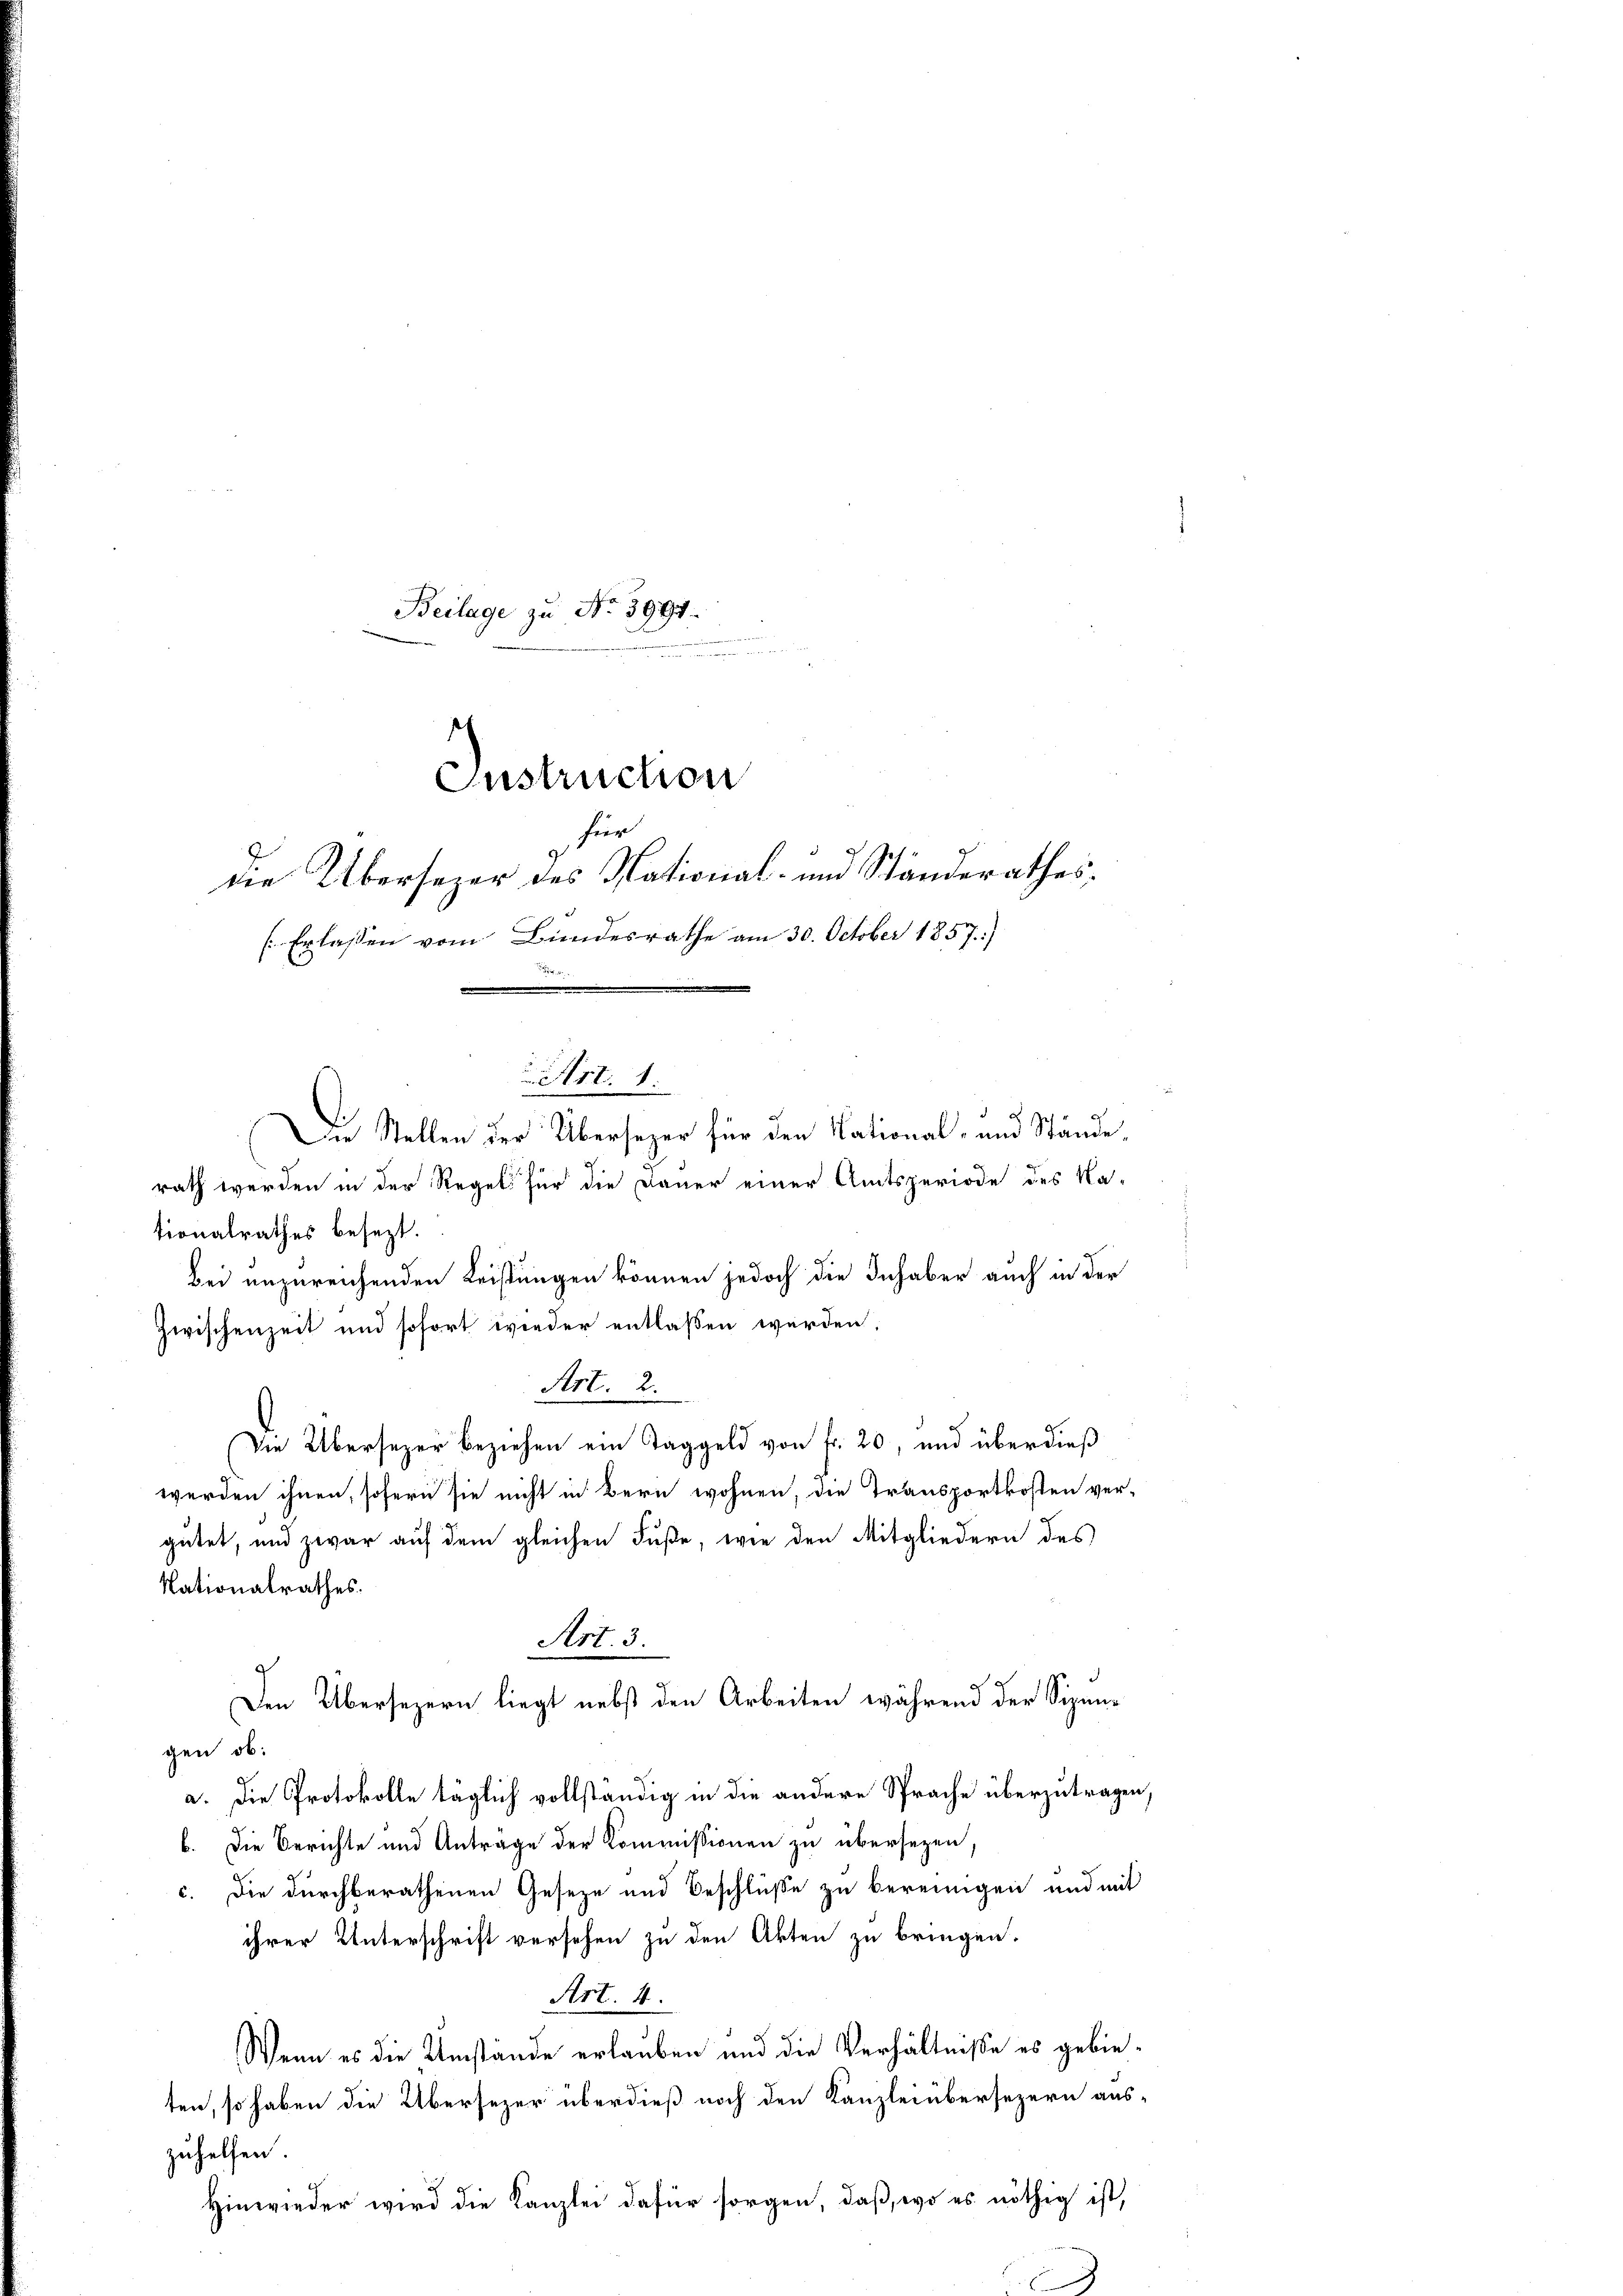
Beilage zu No 3991.
menen der

rath werden in der Regel für die Dauer einer Amtsperiode des Ka-
tionalrathes besezt.
Bei unzureichenden Leistungen können jedoch die Inhaber auch in der
Zwischenzeit und sofort wieder entlassen werden.
Art. 2.
Die Übersezer beziehen ein Taggeld von fr. 20, und über dieß
werden ihnen, sofern sie nicht in Bern wohnen, die Transportkosten ver-
gütet, und zwar auf dem gleichen Fuße, wie den Mitgliedern des
Nationalrathes.
Art. 3.
9
Den Übersezern liegt nebst den Arbeiten während der Sipengen ob:
a. Die Protokolle täglich vollständig in die andere Sprache überzutragen,
b. Die Berichte und Anträge der Kommissionen zu übersezen,
c. Die durchberathenen Geseze und Beschlüße zu bereinigen und mit
ihrer Unterschrift versehen zu den Akten zu bringen.
Art. 4.
Wenn es die Umstände erlauben und die Verhältniße es gebieten, so haben die Übersezer überdieß noch den Kanzlei übersezern aus-
zuhelfen
Hinwieder wird die Kanzlei dafür sorgen, daß, wo es nöthig ist,

Instruction
für
die Übersezer des National- und Ständerathes,
Erlassen vom Bundesrathe am 30. October 1857)

Art. 1.
2 Jahr
Die Stellen der Übersezer für den National- und Stande,